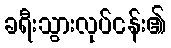
ခရီးသွားလုပ်ငန်း၏